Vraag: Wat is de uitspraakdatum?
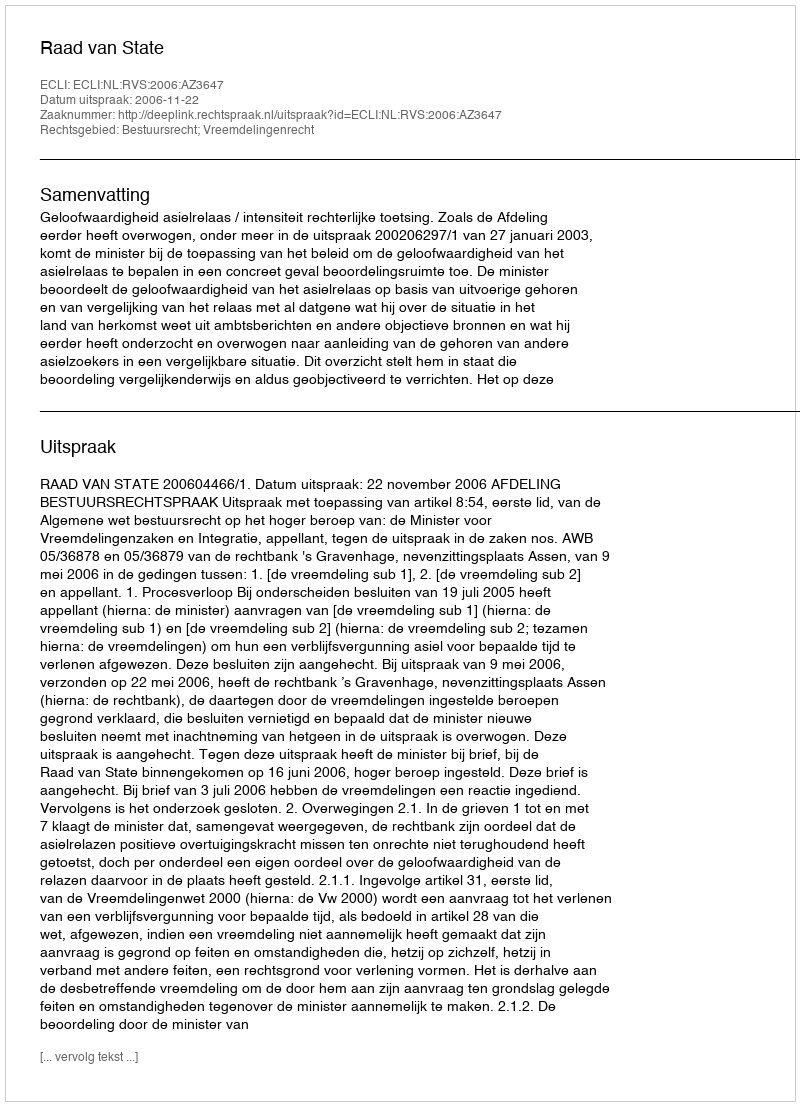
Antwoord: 2006-11-22